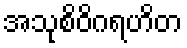
အသုစိဝိဂရဟိတ